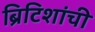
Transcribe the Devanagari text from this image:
ब्रिटिशांची